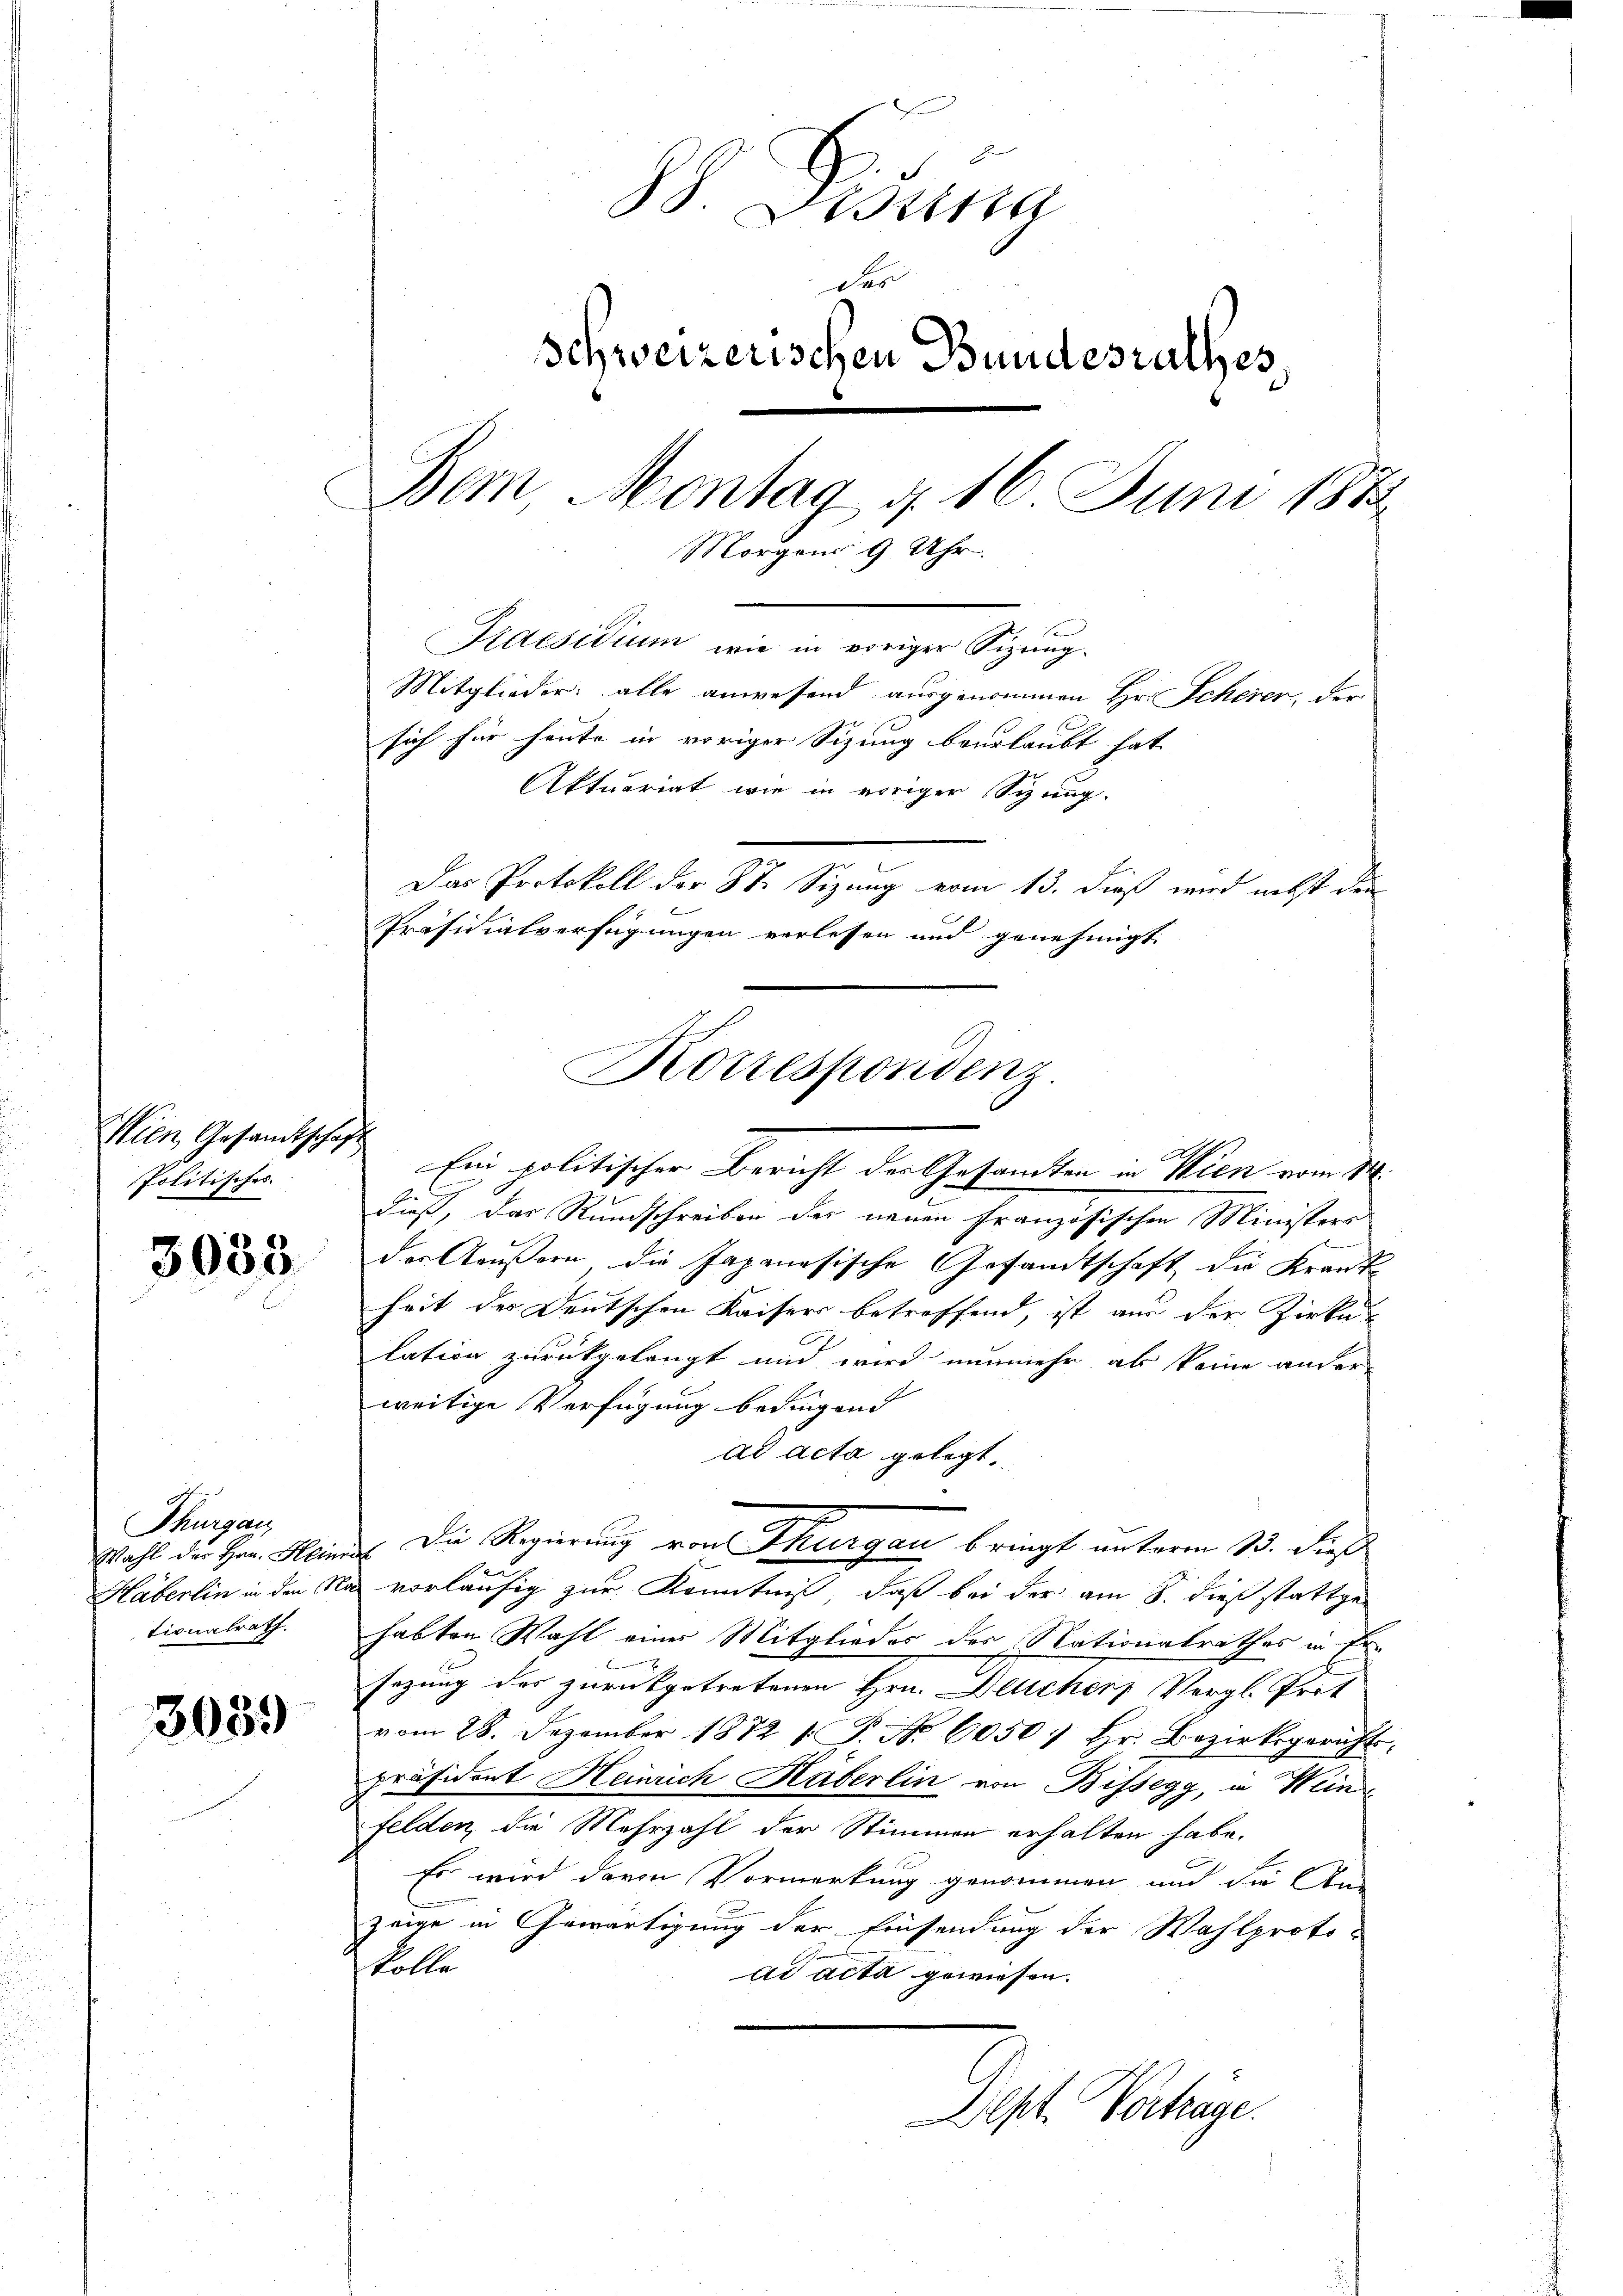
Wien Gesandtschaft
Politisches

3033

Thurgau
Wahl der Hrn. Heim
tionalrath.

3089

88. Dedung
Schweizerischen Bundesrathes,
Bem, Montag 4. 16 Juni 1882
Morgens 9 Uhr.
Kaesidium wie in voriger Sizung.
Mitglieder: alle anwesend ausgenommen Hr. Scherer, der
sich für heute in voriger Sitzung beurlaubt hat.
Aktuariat wie in voriger Sizung.
Das Protokoll der St. Sizung vom 13. dieß wird nebst den
f
Präsidialverfügungen verlesen und genehmigt.

dieß, das Rundschreiben der neuen Französischen Ministers
der Aeußern die Japanesische Gesandtschaft die Krantheit des Deutschen Kaisers betreffend, ist aus der Zirke
lation zurückgelangt und wird nunmehr als keine ander
weitige Verfügung bedingend |
ad acta gelegt,
Häberlin in den Na vorläufig zur Kenntniß, daß bei der am 8. dieß stattge
habten Wahl einer Mitglieder des Nationalrathes in Fr.
sazung des zurückgetretenen Hrn. Deucher Vergl. Prot
vom 28. Dezember 1872 1 S. Nr. 60501 hr. Bezirksgerichts-
präsident Heinrich Häberlin von Bissegg, in Wein¬
Felden, die Mehrzahl der Stimmen erhalten habe.
Es wird davon Vormerkung genommen und die Stu
zeige in Gewärtigung der Einsendung der Wahlproto-
kolle
ad acta gewiesen.

Korrespondenz
Ein politischer Bericht der Gesandten in Wien vom 14.

Die Regierung von Thurgau bringt unterm 13. die

Dept. Vortrage.